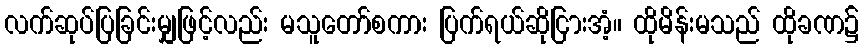
လက်ဆုပ်ပြခြင်းမျှဖြင့်လည်း မသူတော်စကား ပြက်ရယ်ဆိုငြားအံ့။ ထိုမိန်းမသည် ထိုခဏ၌